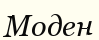
Моден